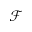
\mathcal { F }